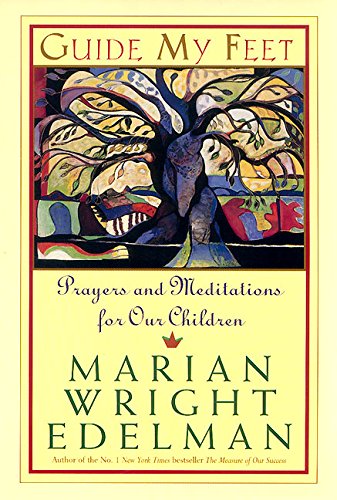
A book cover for Guide My Feet: Prayers and Meditations for Our Children; Marian Wright Edelman; Religion & Spirituality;